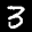
Label: 3